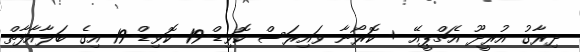
ދިރާގު އުރީދޫ އެޗްޕީއޭ + ކޮރޯނާ ވައިރަސް ކޮވިޑް-19 ކޮވިޑް-19 އިގެ ބަލާއާފާތް